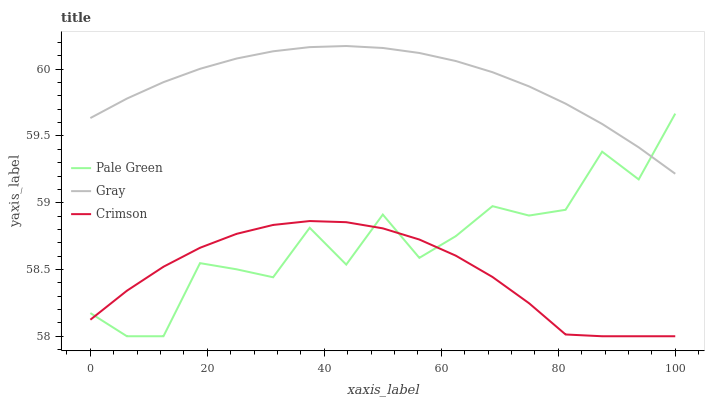
| xaxis_label | Pale Green | Gray | Crimson |
 | --- | --- | --- | --- |
 | 0 | 58.2 | 59.6 | 58.1 |
 | 6.25 | 58 | 59.8 | 58.3 |
 | 12.5 | 58 | 59.9 | 58.5 |
 | 18.8 | 58.5 | 60 | 58.7 |
 | 25 | 58.5 | 60.1 | 58.8 |
 | 31.2 | 58.4 | 60.1 | 58.8 |
 | 37.5 | 58.8 | 60.2 | 58.9 |
 | 43.8 | 58.5 | 60.2 | 58.9 |
 | 50 | 58.9 | 60.2 | 58.8 |
 | 56.2 | 58.6 | 60.1 | 58.7 |
 | 62.5 | 58.8 | 60.1 | 58.6 |
 | 68.8 | 59 | 60 | 58.4 |
 | 75 | 58.9 | 59.9 | 58.2 |
 | 81.2 | 58.9 | 59.7 | 58 |
 | 87.5 | 59.4 | 59.6 | 58 |
 | 93.8 | 59.2 | 59.4 | 58 |
 | 100 | 59.7 | 59.2 | 58 |